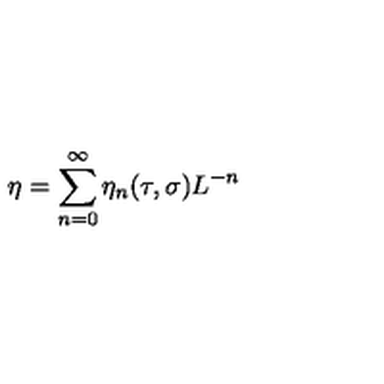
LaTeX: \eta = \sum _ { n = 0 } ^ { \infty } \eta _ { n } ( \tau , \sigma ) L ^ { - n }